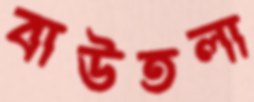
বাউতলা